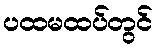
ပထမထပ်တွင်